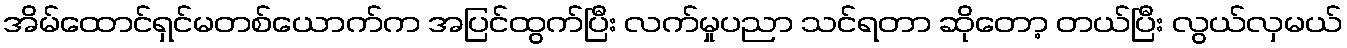
အိမ်ထောင်ရှင်မတစ်ယောက်က အပြင်ထွက်ပြီး လက်မှုပညာ သင်ရတာ ဆိုတော့ တယ်ပြီး လွယ်လှမယ်